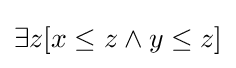
\exists z[x\leq z\land y\leq z]